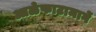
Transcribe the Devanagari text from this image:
आळेफाटामार्गे